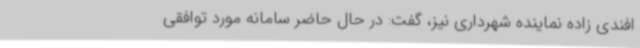
افندی زاده نماینده شهرداری نیز، گفت: در حال حاضر سامانه مورد توافقی